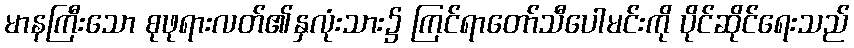
မာနကြီးသော စုဖုရားလတ်၏နှလုံးသား၌ ကြင်ရာတော်သီပေါမင်းကို ပိုင်ဆိုင်ရေးသည်